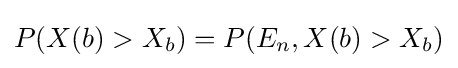
P(X(b)>X_{b})=P(E_{n},X(b)>X_{b})